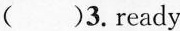
()3.ready